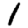
Digit: 1